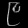
Digit: ၉